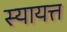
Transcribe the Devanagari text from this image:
स्यायत्त